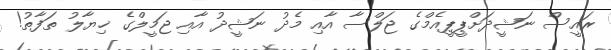
ރައީސް ނަޝީދަށްޕީޕީއެމްގެ ޖަލްސާ އާއި މެދު ނަޝީދު އާއި ޖަމީލްގެ ޚިޔާލު ތަފާތު!